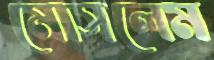
মোসলেম